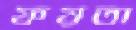
ফয়তা